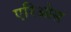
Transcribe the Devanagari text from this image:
एरिओस